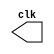
// ---------------------------
//Exercicio02_Guia09
//Nome: Marcos Felipe Martins Silva
// ---------------------------

//implementar um gerador de pulsos com um tero do periodo

module clock ( clk );
 output clk;
 reg    clk;

 initial
  begin
   clk = 1'b0;
  end

 always
  begin
   #9 clk = ~clk;
  end
endmodule

module pulse ( signal, clock );
 input  clock;
 output signal;
 reg    signal;

 always @ ( clock )
  begin
      signal = 1'b1;
  #3  signal = 1'b0;
  #3  signal = 1'b1;
  #3  signal = 1'b0;
  end
endmodule // pulse

module Exercicio02;

 wire  clock;
 clock clk ( clock );

 reg   p;

 wire  p1;

 pulse   pulse1   ( p1, clock );


 initial begin
   p = 1'b0;
 end

 initial begin
  $dumpfile ( "Exercicio02.vcd" );
  $dumpvars ( 1, clock, p1, p );

  #160p = 1'b1;
  #240 p = 1'b0;
  #320 p = 1'b1;
  #400 p = 1'b0;
  #480 p = 1'b1;
  #560 p = 1'b0;
  #576 $finish;
 end

endmodule // Exercicio02